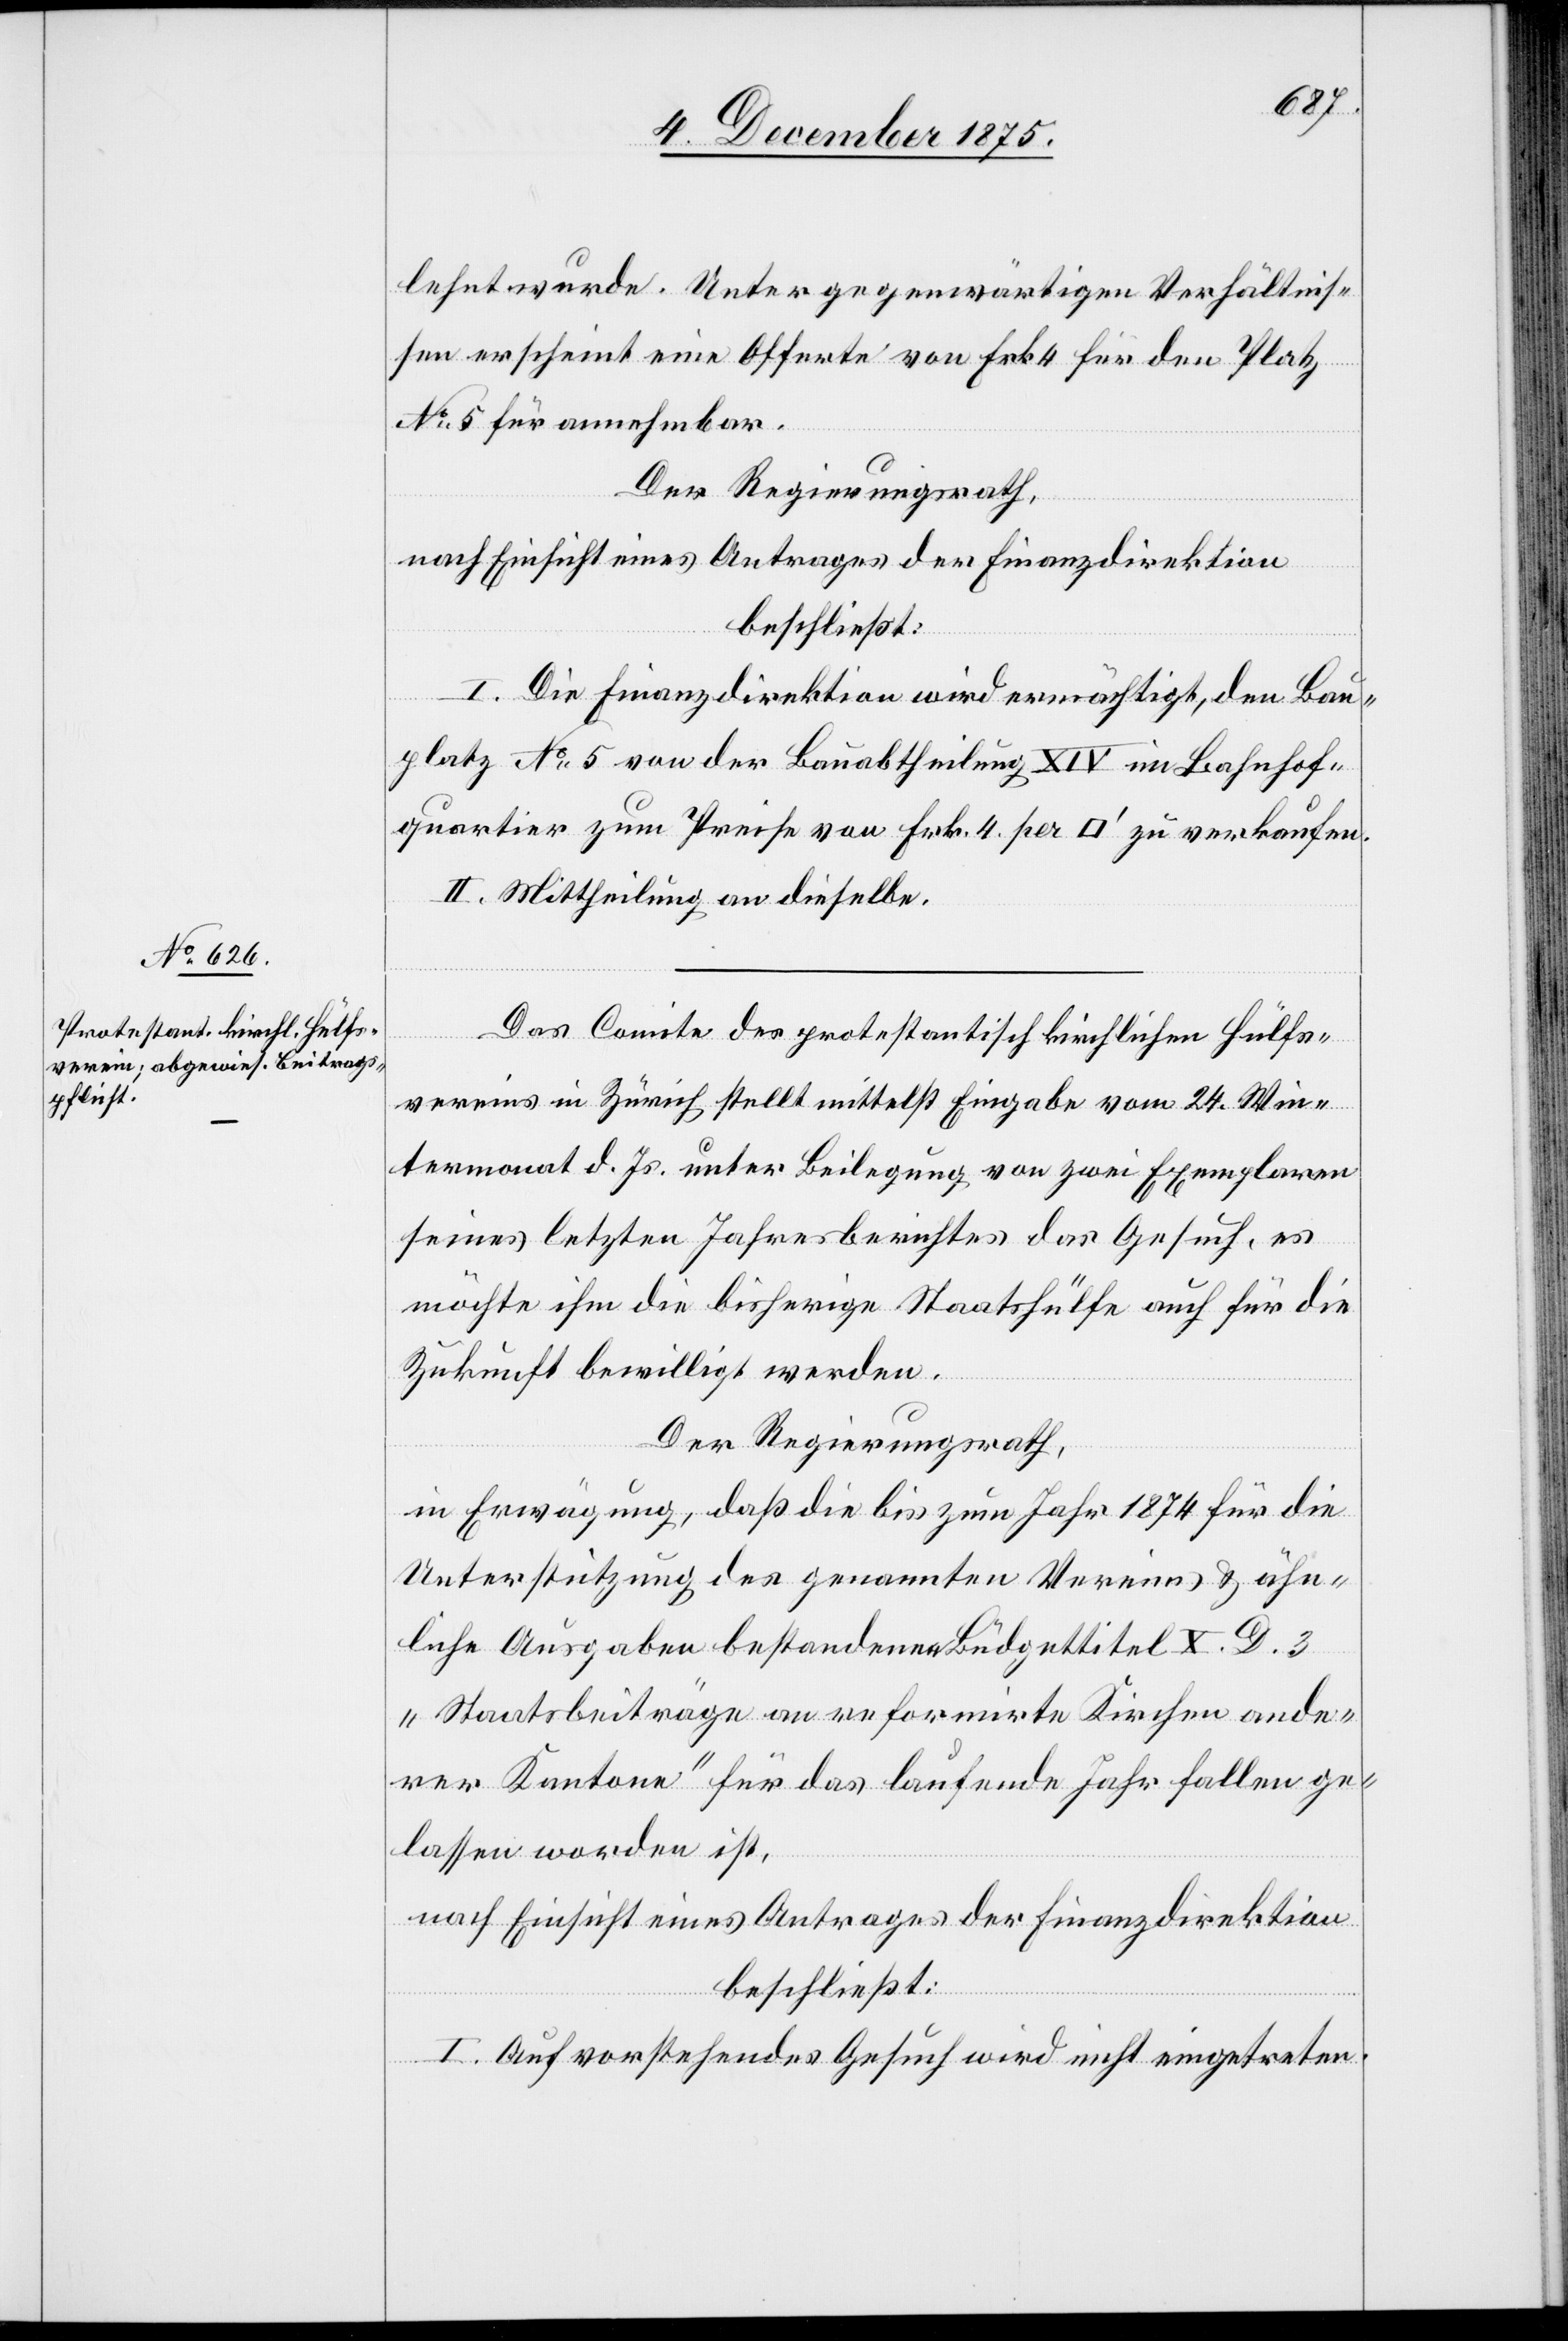
lehnt wurde. Unter gegenwärtigen Verhältnis¬
sen erscheint eine Offerte von Frk. 4 für den Platz
No 5 für annehmbar.
Der Regierungsrath,
nach Einsicht eines Antrages der Finanzdirektion[,]
beschließt:
I. Die Finanzdirektion wird ermächtigt, den Bau¬
platz No 5 von der Bauabtheilung XIV im Bahnhof¬
quartier zum Preise von Frk. 4 per [Quadratfuß] zu verkaufen.
II. Mittheilung an dieselbe.
Das Comite des protestantisch kirchlichen Hülfs¬
vereins in Zürich stellt mittelst Eingabe vom 24. Win¬
termonat d. Js. unter Beilegung von zwei Exemplaren
seines letzten Jahresberichtes das Gesuch, es
möchte ihm die bisherige Staatshülfe auch für die
Zukunft bewilligt werden.
Der Regierungsrath,
in Erwägung, daß die bis zum Jahr 1874 für die
Unterstützung des genannten Vereins & ähn¬
liche Ausgaben bestandenen Büdgettitel C. D. 3
„Staatsbeiträge an reformirte Kirchen ande¬
rer Kantone“ für das laufende Jahr fallen ge¬
lassen worden ist.,
nach Einsicht eines Antrages der Finanzdirektion[,]
beschließt:
I. Auf vorstehendes Gesuch wird nicht eingetreten.